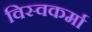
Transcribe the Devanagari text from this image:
विस्वकर्मा